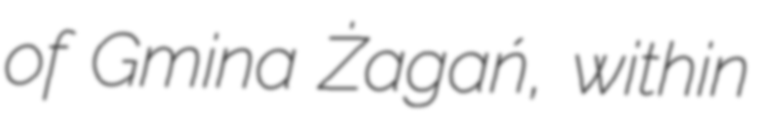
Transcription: of Gmina Żagań, within